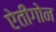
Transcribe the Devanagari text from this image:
ऐतीगोन